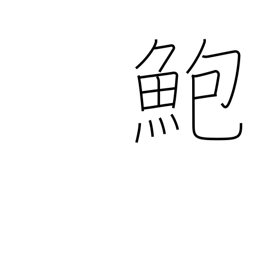
Meaning: abalone